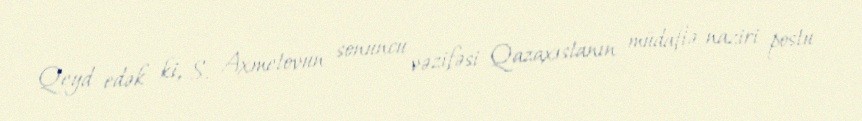
Qeyd edək ki, S. Axmetovun sonuncu vəzifəsi Qazaxıstanın müdafiə naziri postu